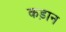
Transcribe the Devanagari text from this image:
कड़ान